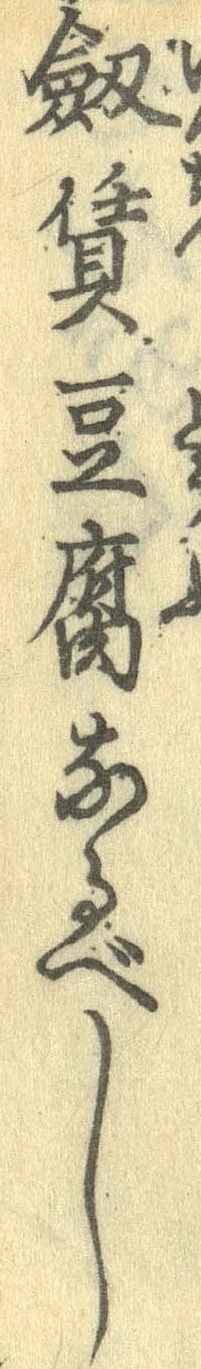
剣賃豆腐なるべし